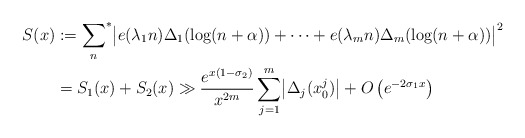
\begin{align*}S(x) &:={\sum_n}^* \bigl|e(\lambda_1 n)\Delta_1(\log(n+\alpha))+\cdots+e(\lambda_m n)\Delta_m(\log(n+\alpha))\bigr|^2\\&=S_1(x) + S_2 (x) \gg \frac{e^{x(1-\sigma_2)}}{x^{2m}}\sum_{j=1}^m \bigl|\Delta_j(x^{j}_0)\bigr| + O\left(e^{-2\sigma_1 x}\right)\end{align*}